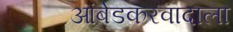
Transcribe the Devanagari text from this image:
आंबेडकरवादाला